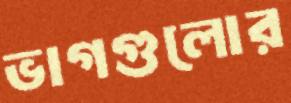
ভাগগুলোর